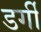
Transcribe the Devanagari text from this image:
डर्गी